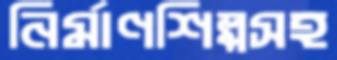
নির্মাণশিল্পসহ